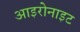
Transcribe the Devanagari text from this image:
आइरोनाइट